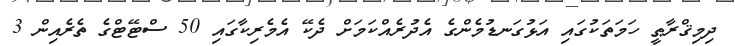
ދިމިޤްރާޠީ ހަމަތަކުގައި އަޅުގަނޑުމެންގެ އެދުރެއްކަމަށް ދެކޭ އެމެރިކާގައި 50 ސްޓޭޓްގެ ތެރެއިން 3